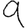
Digit: 9